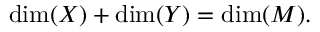
\mathrm { d i m } ( X ) + \mathrm { d i m } ( Y ) = \mathrm { d i m } ( M ) .